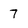
Character: 7